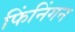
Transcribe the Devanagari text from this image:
फिंनिंगन